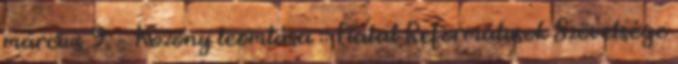
március 9. – Közöny leomlása :: Fiatal Reformátusok Szövetsége